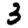
Digit: 3